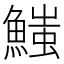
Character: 𩺉